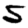
Digit: 5